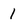
Character: 1